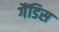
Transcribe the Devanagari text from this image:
गैंडिस